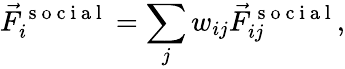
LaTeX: \vec{F}_{i}^{\mathrm{~s~o~c~i~a~l~}}=\sum_{j}w_{ij}\vec{F}_{ij}^{\mathrm{~s~o~c~i~a~l~}},